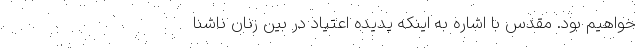
خواهیم بود. مقدس با اشاره به اینکه پدیده اعتیاد در بین زنان ناشنا